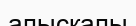
алысқалы